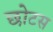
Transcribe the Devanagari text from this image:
छोटस